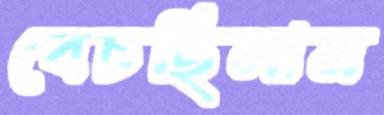
বেচছিলাম